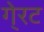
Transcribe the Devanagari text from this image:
गे्रट